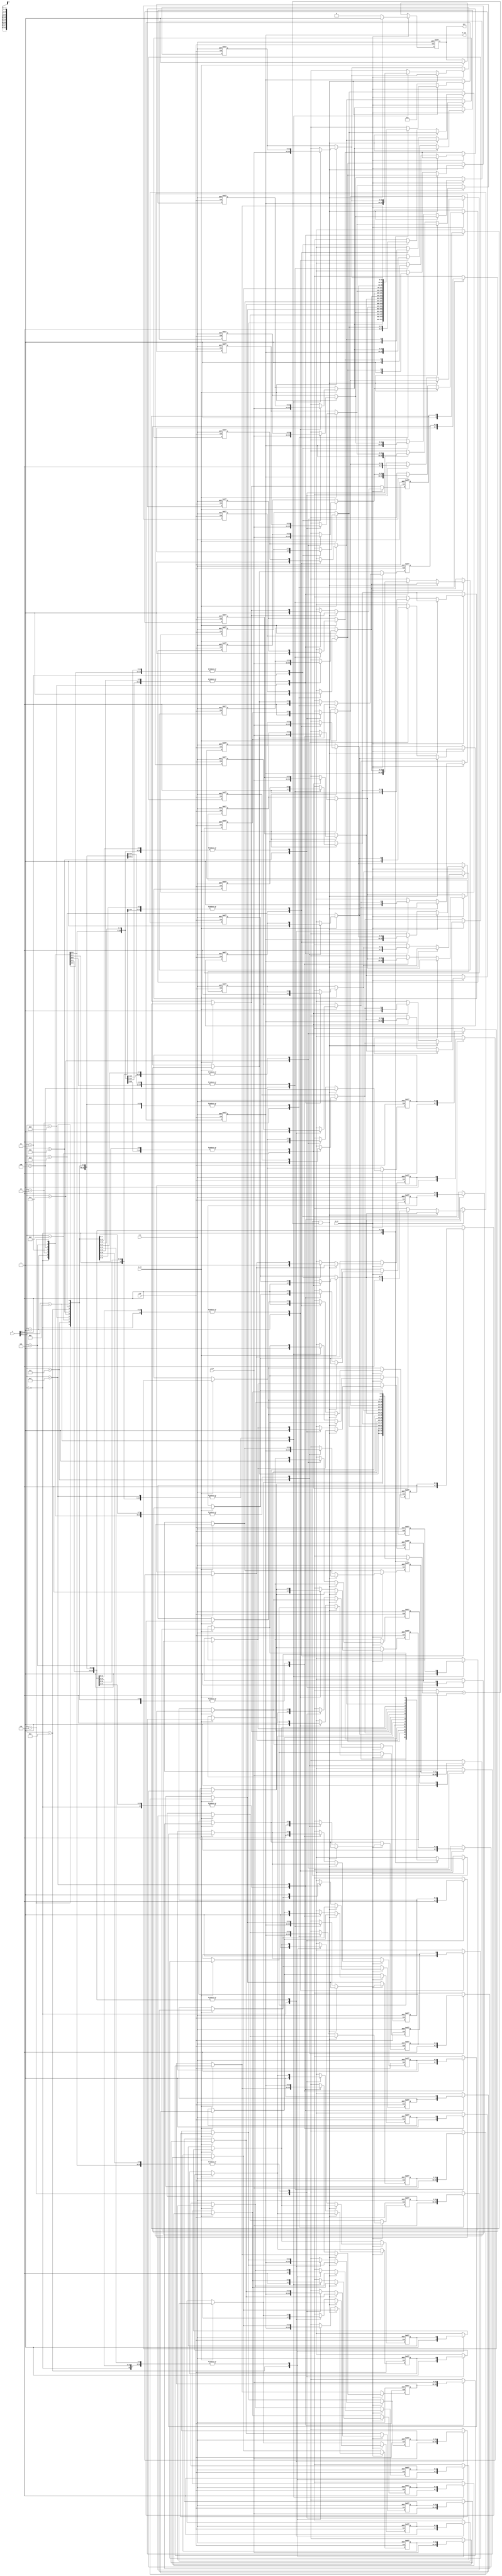
module WriteThroughCache(
    input wire [7:0] A,            // Address input
    input wire [31:0] D_in,        // Data input
    input wire R_en,                // Read enable
    input wire W_en,                // Write enable
    input wire clk,                 // Clock
    input wire rst,                 // Reset
    output reg [31:0] D_out,        // Data output
    output reg Hit                  // Hit/Miss indicator
);

    // Parameters
    parameter CACHE_SIZE = 16;     // Number of cache lines
    parameter TAG_WIDTH = 4;        // Tag width (for simplicity, can be adjusted)
    
    // Cache Line structure
    reg [TAG_WIDTH-1:0] tag [0:CACHE_SIZE-1];  // Tag array
    reg valid [0:CACHE_SIZE-1];                // Valid bits
    reg [31:0] data [0:CACHE_SIZE-1];          // Data array

    // Cache replacement policy (simple FIFO)
    integer i, lru_index;

    // Reset and Cache Initialization
    always @(posedge clk or posedge rst) begin
        if (rst) begin
            for (i = 0; i < CACHE_SIZE; i = i + 1) begin
                valid[i] <= 0;
                tag[i] <= 0;
                data[i] <= 0;
            end
            D_out <= 0;
            Hit <= 0;
        end else begin
            // Handle write operation
            if (W_en) begin
                // Calculate tag and index
                lru_index = A[3:0]; // Simple index based on lower bits of address
                tag[lru_index] = A[7:4]; // Store tag
                valid[lru_index] = 1; // Set valid bit
                data[lru_index] = D_in; // Write data to cache

                // Simulate write-through to main memory (not implemented here)
                // Memory_write(A, D_in);

                Hit <= 1; // Assume write is always a hit for simplicity
            end

            // Handle read operation
            if (R_en) begin
                lru_index = A[3:0]; // Simple index based on lower bits of address
                
                if (valid[lru_index] && (tag[lru_index] == A[7:4])) begin
                    // Cache hit
                    D_out <= data[lru_index];
                    Hit <= 1;
                end else begin
                    // Cache miss - fetch from main memory
                    // D_out <= Memory_read(A); // Simulate memory read
                    D_out <= 0; // Placeholder for memory read output
                    // Update cache with fetched data (for simplicity, using same index)
                    tag[lru_index] = A[7:4]; // Update tag
                    valid[lru_index] = 1; // Set valid bit
                    data[lru_index] = D_out; // Update cache data with fetched data

                    Hit <= 0; // Miss
                end
            end
        end
    end
endmodule